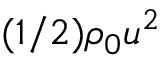
( 1 / 2 ) \rho _ { 0 } u ^ { 2 }